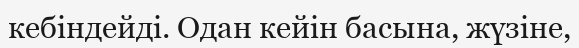
кебіндейді. Одан кейін басына, жүзіне,